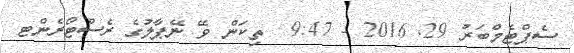
ސެޕްޓެމްބަރު 29